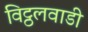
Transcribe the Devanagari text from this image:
विट्ठलवाडी